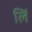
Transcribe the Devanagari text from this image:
लिं